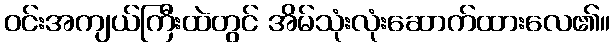
ဝင်းအကျယ်ကြီးထဲတွင် အိမ်သုံးလုံးဆောက်ထားလေ၏။